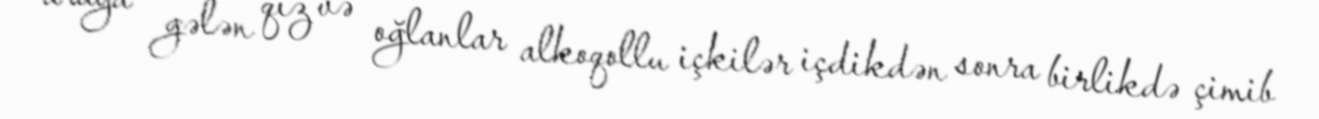
araya gələn qız və oğlanlar alkoqollu içkilər içdikdən sonra birlikdə çimib